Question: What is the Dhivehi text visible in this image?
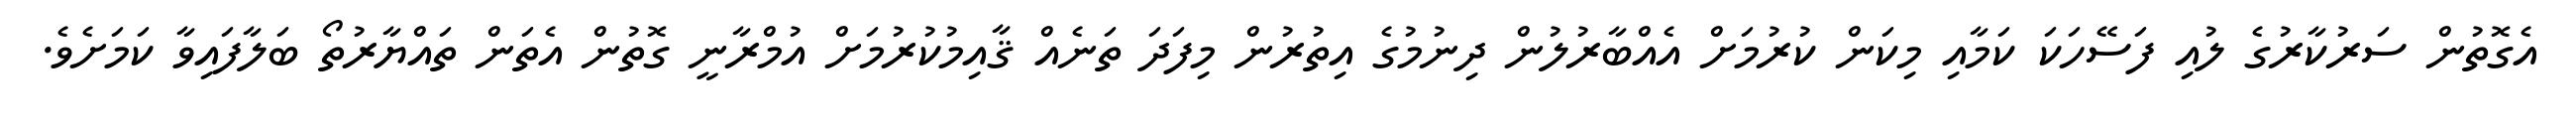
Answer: އެގޮތުން ސަރުކާރުގެ ލުއި ފަސޭހަކަ ކަމާއި މިކަން ކުރުމަށް އެއްބާރުލުން ދިނުމުގެ އިތުރުން މިފަދަ ތަނެއް ޤާއިމުކުރުމަށް އުމްރާނީ ގޮތުން އެތަން ތައްޔާރުތޯ ބަލާފައިވާ ކަމަށެވެ.